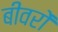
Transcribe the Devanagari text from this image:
बीवरों